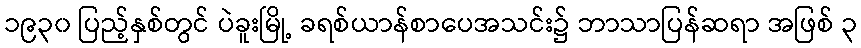
၁၉၃၀ ပြည့်နှစ်တွင် ပဲခူးမြို့ ခရစ်ယာန်စာပေအသင်း၌ ဘာသာပြန်ဆရာ အဖြစ် ၃